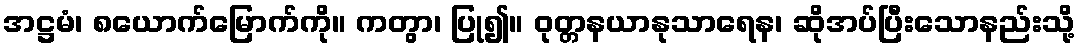
အဋ္ဌမံ၊ ၈ယောက်မြောက်ကို။ ကတွာ၊ ပြု၍။ ဝုတ္တနယာနုသာရေန၊ ဆိုအပ်ပြီးသောနည်းသို့